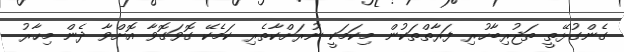
ގެންގުޅޭތީ ތަޖުރިބާހުރި ފަރާތްތަކުން މިކަމަކީ ނުރަށްކާތެރި ކަމެކޭ ގޮވަގޮވާ އޮށްވާ ދެން މިހާރު